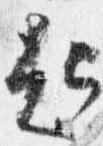
起